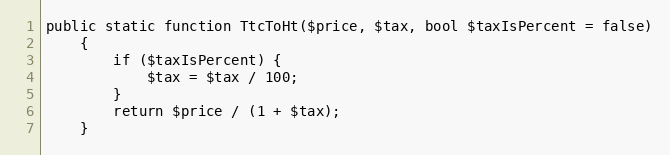
Language: PHP
public static function TtcToHt($price, $tax, bool $taxIsPercent = false)
    {
        if ($taxIsPercent) {
            $tax = $tax / 100;
        }
        return $price / (1 + $tax);
    }